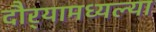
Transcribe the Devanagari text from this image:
दौर्‍यामध्यल्या